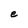
Character: e